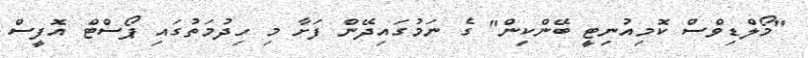
"މޯލްޑިވްސް ކޮމިއުނިޓީ ބޭންކިން" ގެ ނަމުގައިދޭން ފަށާ މި ހިދުމަތުގައި ޕޯސްޓް އޮފީސް